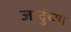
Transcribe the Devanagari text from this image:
जादुंच्या